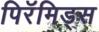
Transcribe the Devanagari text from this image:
पिरॅमिड्स